Civil Veterinary Department Bengal reports 1923-33 - 1923-1933
Year: 1923
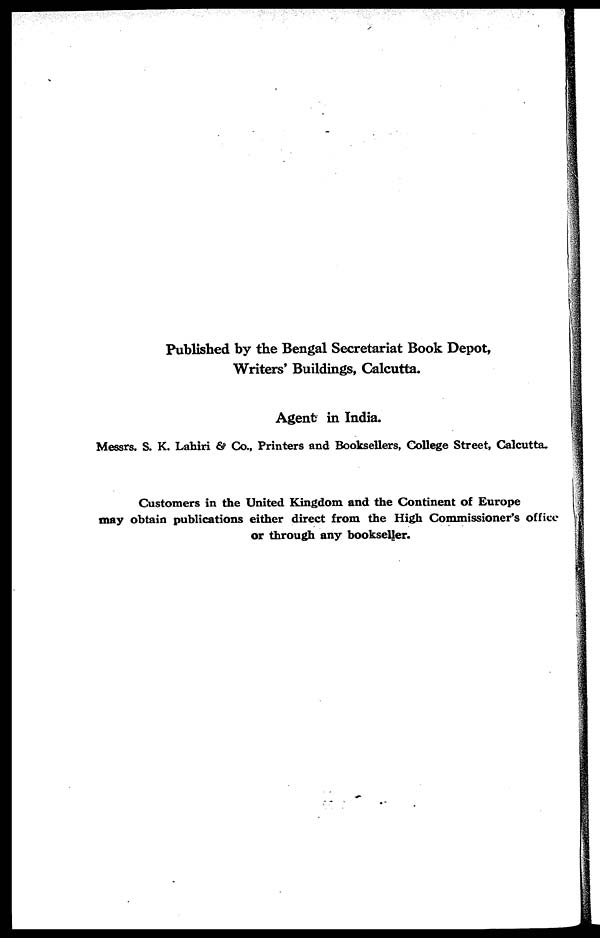
Published by the Bengal Secretariat Book Depot,
Writers' Buildings, Calcutta.
Agent in India.
Messrs. S. K. Lahiri & Co., Printers and Booksellers, College Street, Calcutta.
Customers in the United Kingdom and the Continent of Europe
may obtain publications either direct from the High Commissioner's office
or through any bookseller.